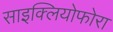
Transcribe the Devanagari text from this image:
साइक्लियोफोरा